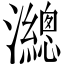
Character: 𤄋